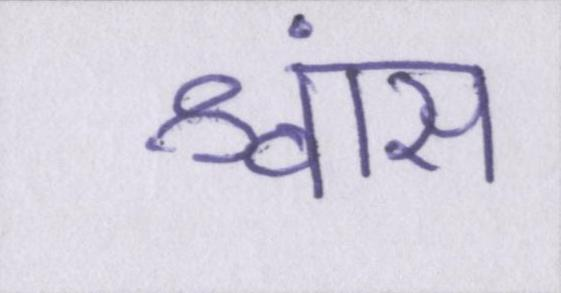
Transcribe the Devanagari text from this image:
श्वांस